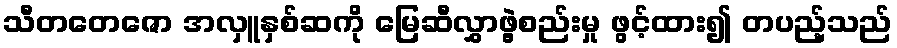
သီတတေဇော အလှူနှစ်ဆကို မြေဆီလွှာဖွဲ့စည်းမှု ဖွင့်ထား၍ တပည့်သည်